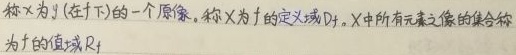
称为 \(y\)（在 \(f\) 下）的一个原像。称 \(X\) 为 \(f\) 的定义域 \(D_f\)。\(X\) 中所有元素像的集合称为 \(f\) 的值域 \(R_f\)。